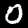
Digit: 0